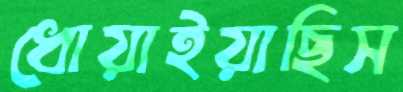
ধোয়াইয়াছিস